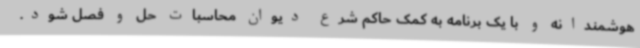
هوشمندانه و با یک برنامه به کمک حاکم شرع دیوان محاسبات حل و فصل شود.